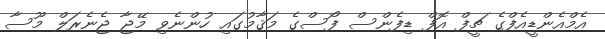
އެމްއެންޑީއެފްގެ ޗީފް އޮފް ޑިފެންސް ފޯސްގެ މަޤާމުގައި ހުންނެވި މޭޖާ ޖެނެރަލް މޫސާ